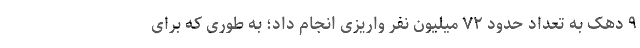
۹ دهک به تعداد حدود ۷۲ میلیون نفر واریزی انجام داد؛ به طوری که برای